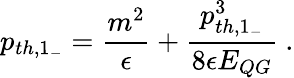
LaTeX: p_{th,1_{-}}={\frac{m^{2}}{\epsilon}}+{\frac{p_{th,1_{-}}^{3}}{8\epsilon E_{QG}}}~.